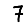
Digit: 7